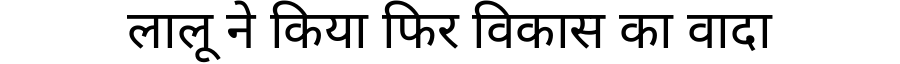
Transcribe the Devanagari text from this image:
लालू ने किया फिर विकास का वादा